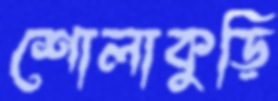
শোলাকুড়ি